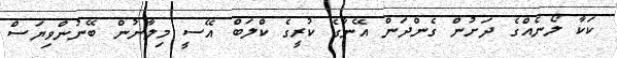
ކަކާ ލޯނެއްގެ ދަށުން ގެންދަން އޭނާގެ ކުރީގެ ކްލަބް އޭސީ މިލާނުން ބޭނުންވިޔަސް